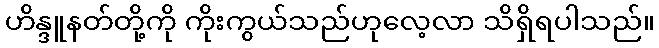
ဟိန္ဒူနတ်တို့ကို ကိုးကွယ်သည်ဟုလေ့လာ သိရှိရပါသည်။